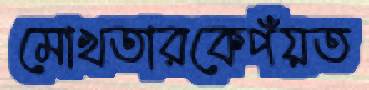
মোখতারকেপঁয়ত